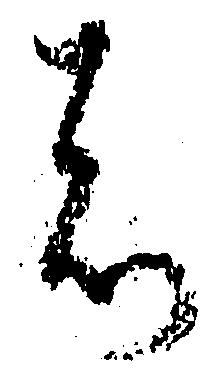
者